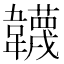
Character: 韤